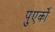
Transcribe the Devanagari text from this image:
पुएर्को